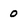
Character: o